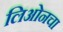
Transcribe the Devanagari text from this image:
लिओनचा